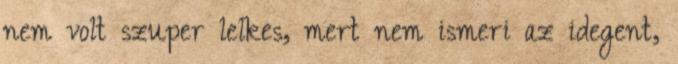
nem volt szuper lelkes, mert nem ismeri az idegent,